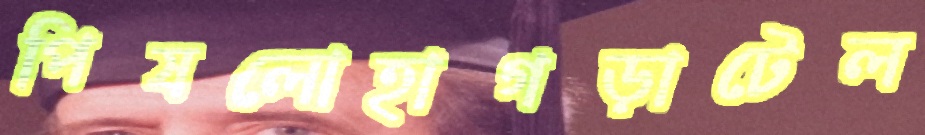
পিষলোহাগড়াটেল